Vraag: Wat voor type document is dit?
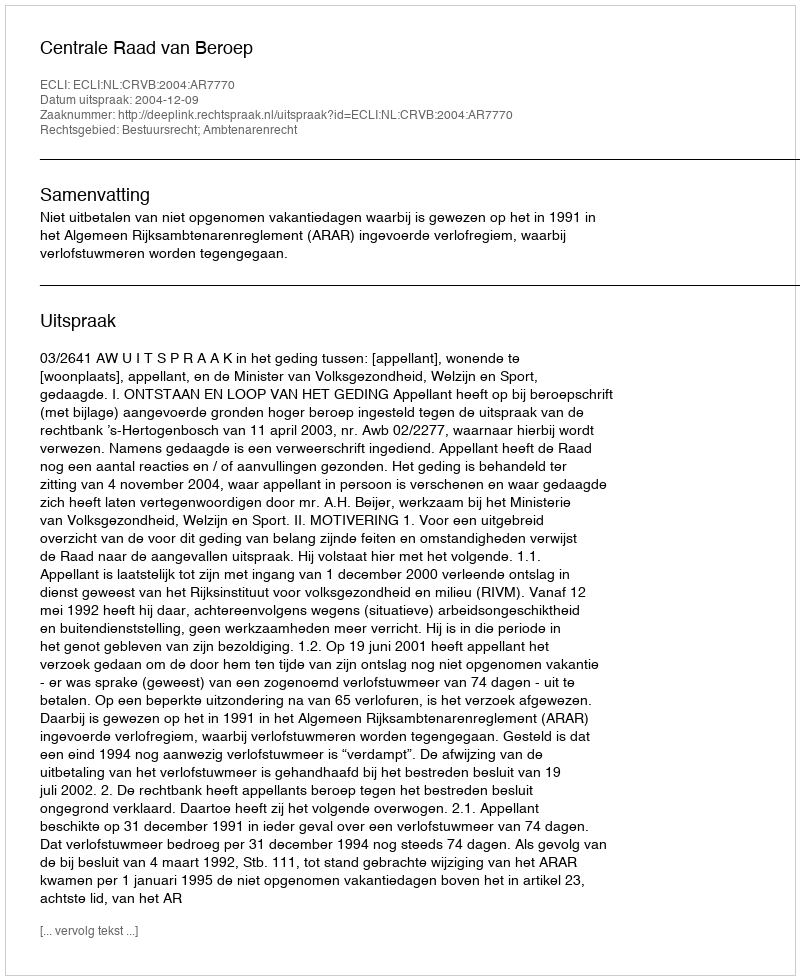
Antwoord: Uitspraak